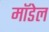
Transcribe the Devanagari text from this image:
माॅडेल